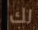
لك